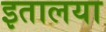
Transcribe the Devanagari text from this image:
इतालया